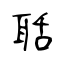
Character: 聒